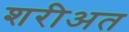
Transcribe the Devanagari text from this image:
शरीअत